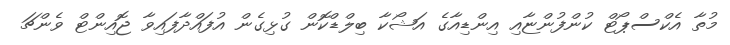
މުތާ އެކްސްޕޯޓް ކުންފުންޏާއި އިންޑިއާގެ އަޝޯކާ ބިލްޑްކޮން ގުޅިގެން އުފައްދާފައިވާ ޖޮއިންޓް ވެންޗަ